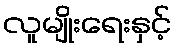
လူမျိုးရေးနှင့်